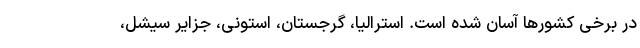
در برخی کشورها آسان شده است. استرالیا، گرجستان، استونی، جزایر سیشل،